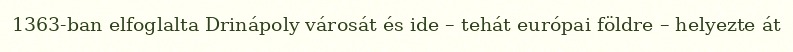
1363-ban elfoglalta Drinápoly városát és ide – tehát európai földre – helyezte át